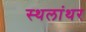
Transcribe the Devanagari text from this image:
स्थलांथर